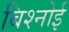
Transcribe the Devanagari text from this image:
बिश्‍नोई